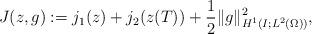
LaTeX: \begin{align*} J(z,g) := j_1(z) + j_2(z(T)) + \frac12\|g\|_{H^1(I;L^2(\Omega))}^2,\end{align*}